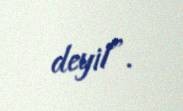
deyil”.